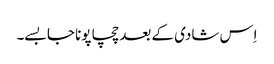
اِس شادی کے بعد چچا پونا جا بسے۔